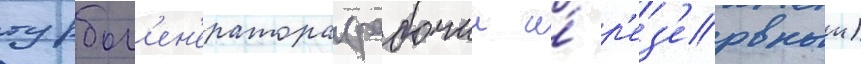
турбог'ен'ератора (рабочии и́ р'ез'ервныи)